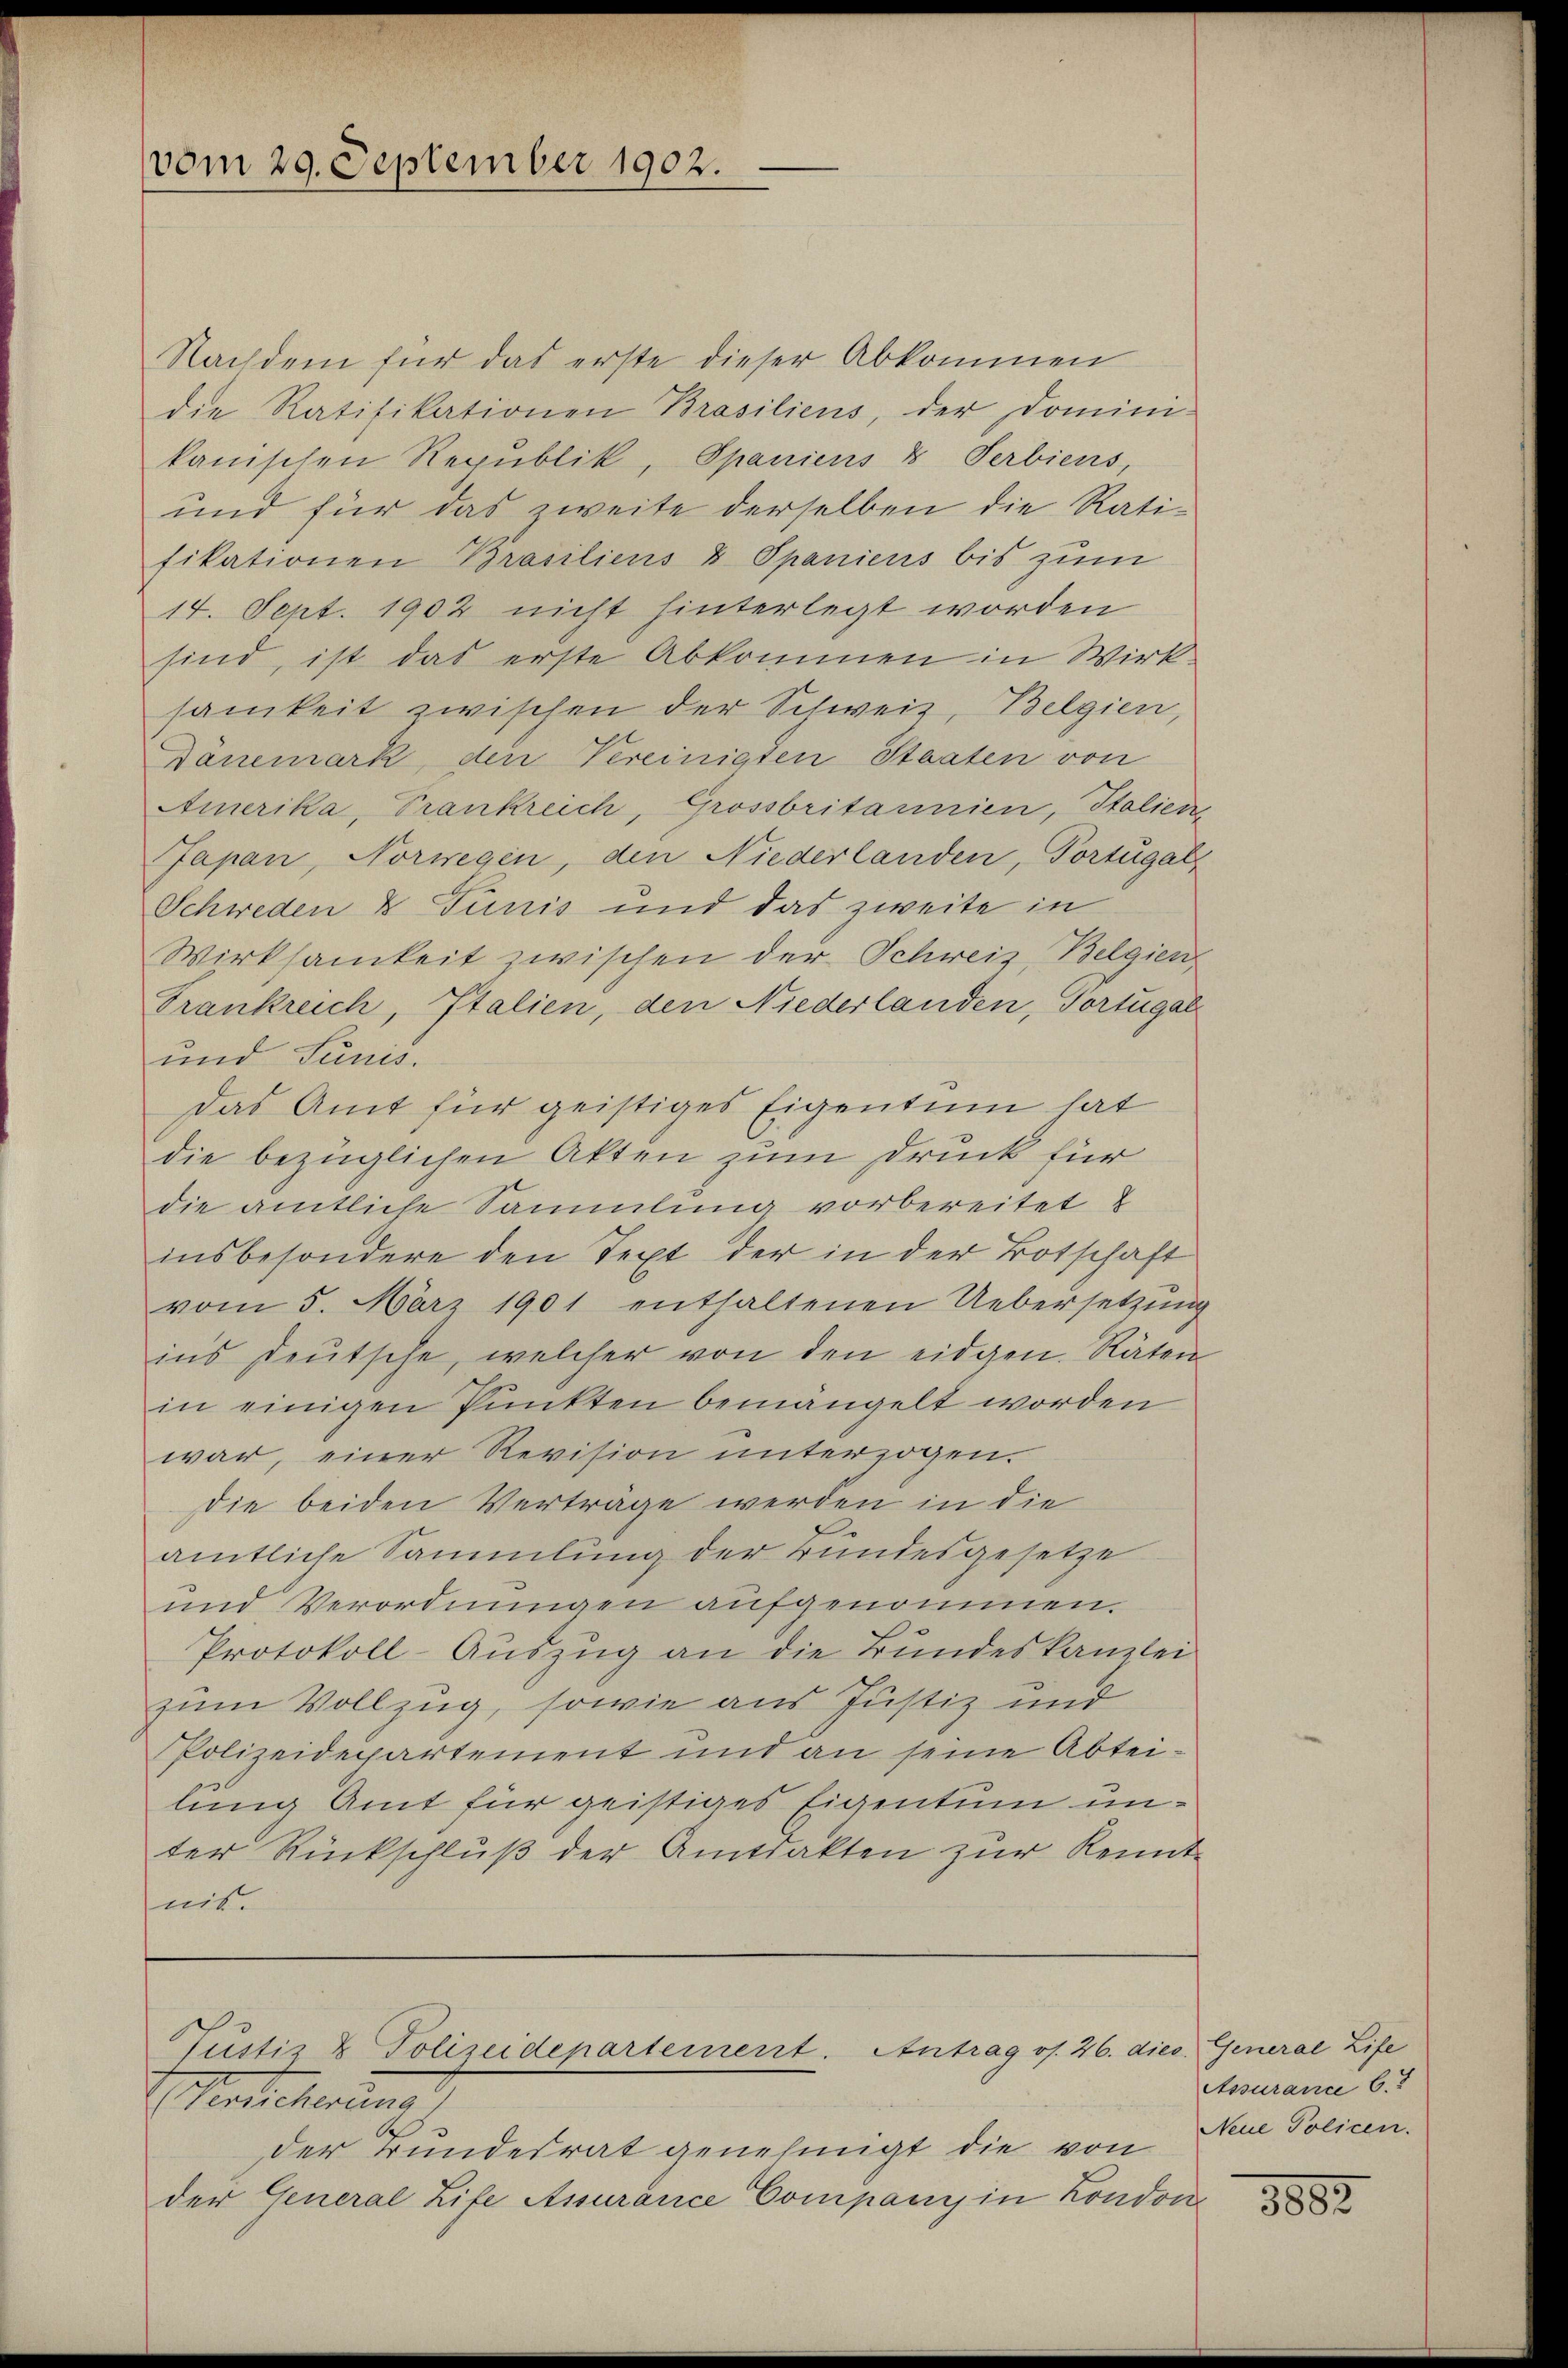
vom 29. September 1902.

Nachdem für das erste dieser Abkommen
die Ratifikationen Brasiliens, der Domini-
kanischen Republik, Spaniens & Serbiens,
und für das zweite derselben die Ratifikationen Brasiliens & Spaniens bis zum
14. Sept. 1902 nicht hinterlegt worden
sind, ist das erste Abkommen in Wirk-
samkeit zwischen der Schweiz, Belgien,
Dänemark, den Vereinigten Staaten von
Amerika, Trankreich, Grossbritannien, Italien
Japan, Norwegen, den Niederlanden, Portugal
Schweden & Tunis und das zweite in
Wirksamkeit zwischen der Schweiz, Belgien
Frankreich, Italien, den Niederlanden, Vortugal
und Sunis.
Das Amt für geistiges Eigentum hat
die bezüglichen Akten zum Druck für
die amtliche Sammlung vorbereitet
insbesondere den Text der in der Botschaft
vom 5. März 1901 enthaltenen Uebersetzŭng
ins deŭtsche, welcher von den eidgen. Räten
in einigen Punkten bemängelt worden
war, einer Revision unterzogen.
die beiden Verträge werden in die
amtliche Sammlung der Bundesgesetze
und Verordnungen aufgenommen.
Protokoll-Auszug an die Bundeskanzlei
zum Vollzug, sowie aus Justiz und
Polizeidepartement und an seine Abteilung Amt für geistiges Eigentum unter Rückschluß der Amtsakten zur Kennt
nit.

Tustiz & Polizeidepartement. Antrag os. 26. dies

Herlicherung
.
der Bundesrat genehmigt die von
der General Life Assurance Company in London

. General Life
Assurance b.
Neue Policen.

1882